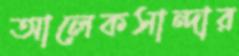
আলেকসান্দার